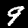
Label: 9